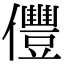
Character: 㒥